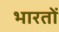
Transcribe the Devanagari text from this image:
भारतों